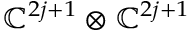
\mathbb { C } ^ { 2 j + 1 } \otimes \mathbb { C } ^ { 2 j + 1 }